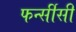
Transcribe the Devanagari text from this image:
फर्न्सीसी